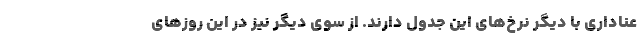
عناداری با دیگر نرخ‌های این جدول دارند. از سوی دیگر نیز در این روزهای